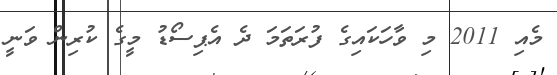
މެއި 2011 މި ވާހަކައިގެ ފުރަތަމަ ދެ އެޕިސޯޑު މީގެ ކުރިން ވަނީ